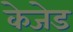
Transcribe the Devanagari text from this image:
केजेड